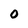
Character: 0